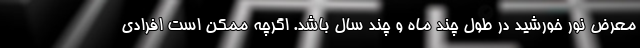
معرض نور خورشید در طول چند ماه و چند سال باشد. اگرچه ممکن است افرادی